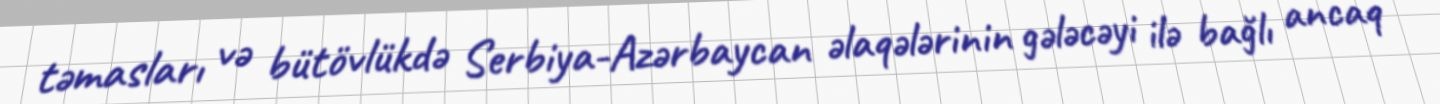
təmasları və bütövlükdə Serbiya-Azərbaycan əlaqələrinin gələcəyi ilə bağlı ancaq